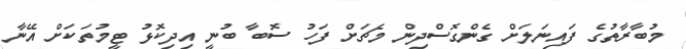
މުބާރާތުގެ ފައިނަލަށް ގެންގޮސްދިން މެޗަށް ފަހު ސޮބާ ބުނީ އިދިކޮޅު ޓީމުތަކަށް އޭނާ